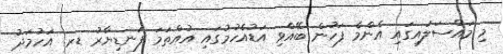
މި މައްސަލައިގައި އެންމެ ފަހުން ބޭއްވި އަޑުއެހުމުގައި އުއްތަމަ ފަނޑިޔާރު ޑރ. އަހުމަދު